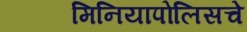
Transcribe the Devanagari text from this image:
मिनियापोलिसचे